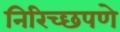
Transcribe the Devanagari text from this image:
निरिच्छपणे